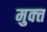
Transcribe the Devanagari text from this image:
मुक्त्त